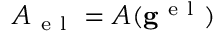
A _ { \mathrm { ~ e ~ l ~ } } = A ( \mathbf { g } ^ { \mathrm { ~ e ~ l ~ } } )